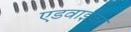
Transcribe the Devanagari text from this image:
एडवाईज़र